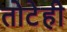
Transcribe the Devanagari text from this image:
तोटेही